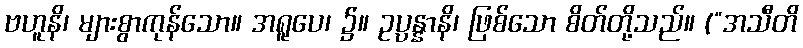
ဗဟူနိ၊ များစွာကုန်သော။ အရူပေ၊ ၌။ ဥပ္ပန္နာနိ၊ ဖြစ်သော စိတ်တို့သည်။ (“အသီတိ